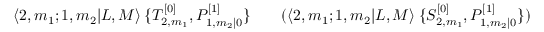
\langle 2 , m _ { 1 } ; 1 , m _ { 2 } | L , M \rangle \: \{ T _ { 2 , m _ { 1 } } ^ { [ 0 ] } , P _ { 1 , m _ { 2 } | 0 } ^ { [ 1 ] } \} \qquad ( \langle 2 , m _ { 1 } ; 1 , m _ { 2 } | L , M \rangle \: \{ S _ { 2 , m _ { 1 } } ^ { [ 0 ] } , P _ { 1 , m _ { 2 } | 0 } ^ { [ 1 ] } \} )